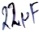
Text: 22µF